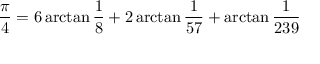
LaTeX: { \frac { \pi } { 4 } } = 6 \arctan { \frac { 1 } { 8 } } + 2 \arctan { \frac { 1 } { 5 7 } } + \arctan { \frac { 1 } { 2 3 9 } }